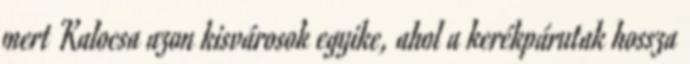
mert Kalocsa azon kisvárosok egyike, ahol a kerékpárutak hossza